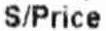
S/PRICE